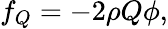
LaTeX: f_{Q}=-2\rho Q\phi,